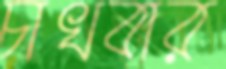
চাখবার